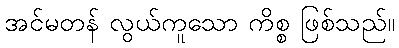
အင်မတန် လွယ်ကူသော ကိစ္စ ဖြစ်သည်။